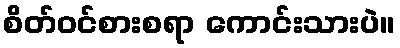
စိတ်ဝင်စားစရာ ကောင်းသားပဲ။